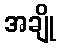
အချို